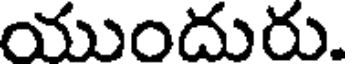
యుందురు.